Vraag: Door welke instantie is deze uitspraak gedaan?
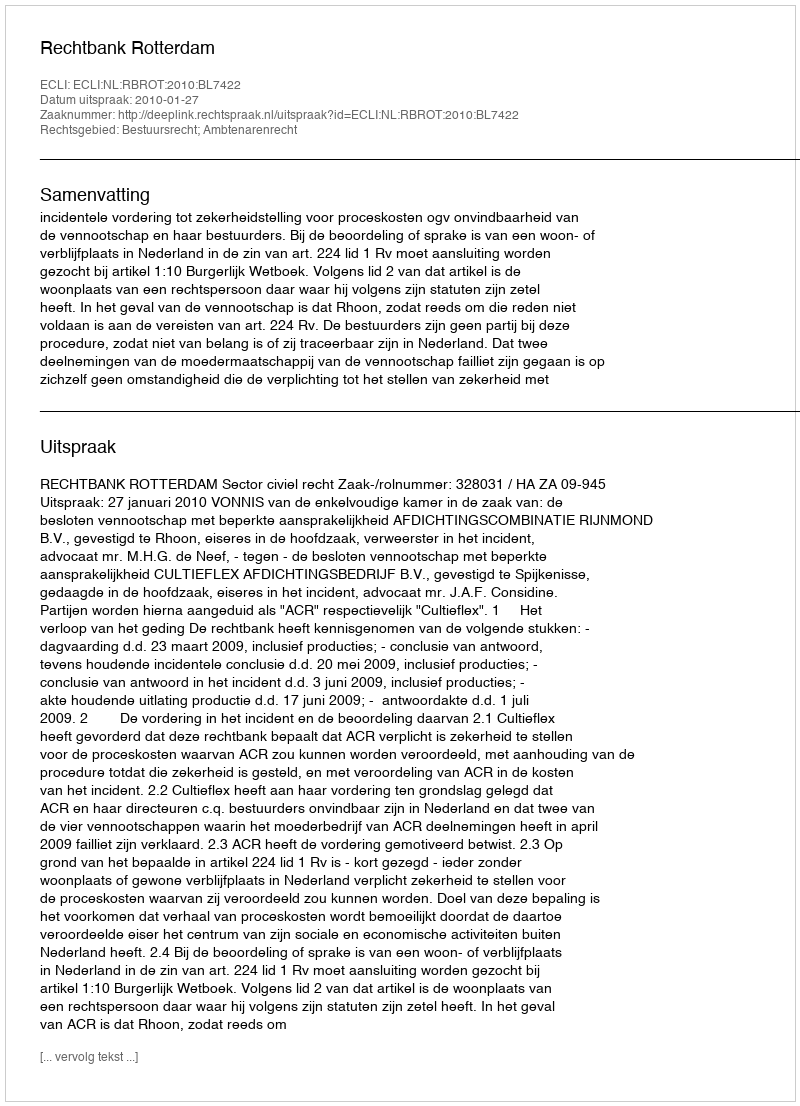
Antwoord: Rechtbank Rotterdam